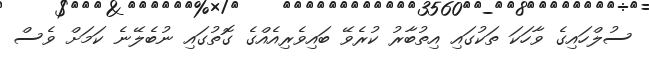
ސުލްހައިގެ ވާހަކަ ތަކުގައި އިތުބާރު ކުރެވޭ ބައިވެރިއެއްގެ ގޮތުގައި ނުބެލޭނެ ކަމަށް ވެސް